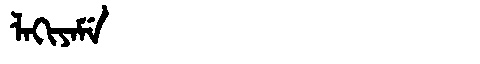
Manchu: ᠯᠠᡴᡳᠶᠠᠮᡝ
Romanization: LAKIYAME